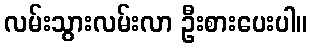
လမ်းသွားလမ်းလာ ဦးစားပေးပါ။